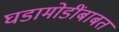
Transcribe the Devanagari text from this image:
घडामोडींबाबत